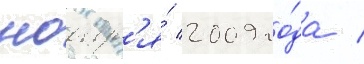
ноабр'я́ 2009 го́да /